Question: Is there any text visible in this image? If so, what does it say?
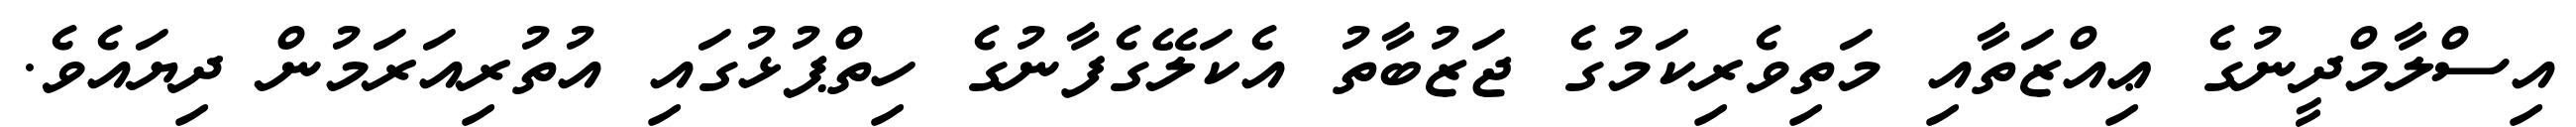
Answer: އިސްލާމްދީނުގެ ޢިއްޒަތާއި މަތިވެރިކަމުގެ ޖަޒުބާތު އެކަލޭގެފާނުގެ ހިތްޕުޅުގައި އުތުރިއަރަމުން ދިޔައެވެ.